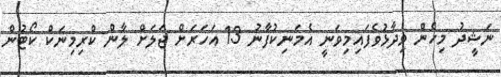
ނަޝީދު މިހެން ވިދާޅުވެފައިމިވަނީ އެމަނިކުފާނު 13 އަހަރަށް ޖަލަށް ލާން ކްރިމިނަކް ކޯޓުން